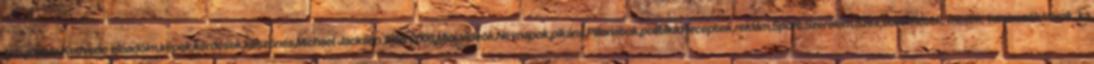
stb.,jópofa,Kedvenc előadóim,képek,kérdések,köszönés,Michael Jackson 1958-2009,Mini videók,Névnapok,pikáns,Pillanatok,politika,Receptek,reklám,Sport,Szerelem,Szex,történetek, mesék, tanmesék,Várak, ka